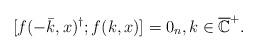
LaTeX: \begin{align*} [f(- \bar{k}, x)^\dagger;f( k,x)]=0_n,k\in \overline{\mathbb{C}}^+.\end{align*}